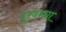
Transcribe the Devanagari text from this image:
दूरवरचा